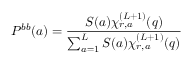
P ^ { b b } ( a ) = \frac { S ( a ) \chi _ { r , a } ^ { ( L + 1 ) } ( q ) } { \sum _ { a = 1 } ^ { L } S ( a ) \chi _ { r , a } ^ { ( L + 1 ) } ( q ) }